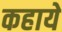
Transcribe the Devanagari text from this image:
कहाये